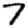
Digit: 7